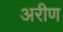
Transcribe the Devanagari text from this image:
अरीण